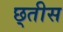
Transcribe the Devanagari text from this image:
छ्तीस